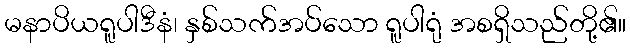
မနာပိယရူပါဒီနံ၊ နှစ်သက်အပ်သော ရူပါရုံ အစရှိသည်တို့၏။